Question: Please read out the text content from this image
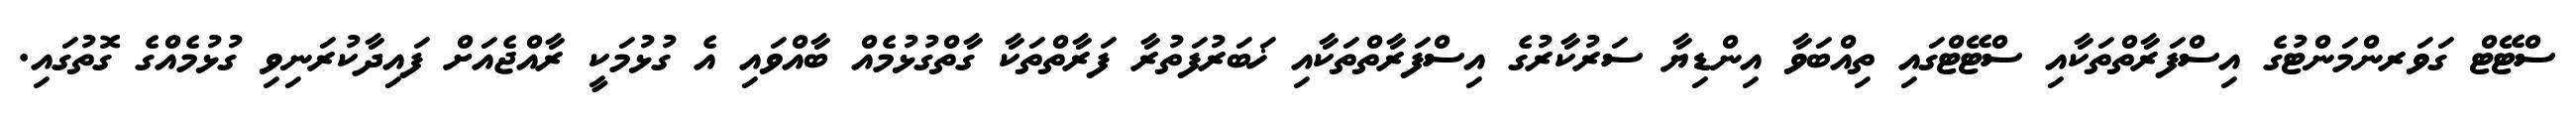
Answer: ސްޓޭޓް ގަވަރންމަންޓުގެ އިސްފަރާތްތަކާއި ސްޓޭޓްގައި ތިއްބަވާ އިންޑިޔާ ސަރުކާރުގެ އިސްފަރާތްތަކާއި ޚަބަރުފަތުރާ ފަރާތްތަކާ ގާތްގުޅުމެއް ބާއްވައި އެ ގުޅުމަކީ ރާއްޖެއަށް ފައިދާކުރަނިވި ގުޅުމެއްގެ ގޮތުގައި.